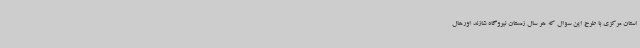
استان مرکزی با طرح این سوال که هر سال زمستان نیروگاه شازند اورهال